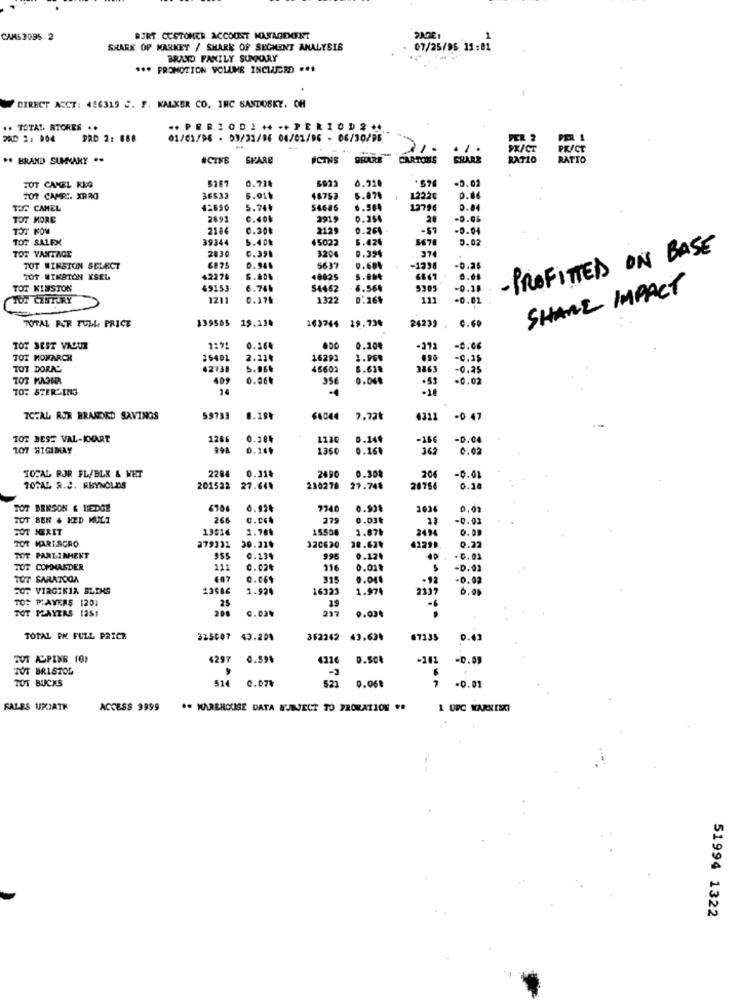
CAMS 3095 2
BJRT CUSTOMER ACCOUNT MANAGEMENT
SHARK OF MARKET / SHARK OF SEGMENT ANALYSIS
07/25/96 11:01
BRAND FAMILY SUNPOURY
*** PROMOTION VOLUME INCLUDED ...
DIRECT ACCT: 456319 C. F. WALKER CO. INC SANDUSKY. OH
.. TOTAL. STORES ..
.. PERIOD!++ ++PERIOD2++
PRD 1: 004
DAD 2: 888
01/01/96 - 03/31/96 04/01/96 - 06/30/96
PER 2
PER
-
PX/CT
PRICE
. BRAND SUMMARY ..
#CINE
SHARE
#CTNS
SHARE
CARTONS
SHARE
RATIO
RATIO
6.920
-0.02
JOT CAMEL REG
0.71₺
207 CAMERE. XPRO
36533
5.01k
48753
5.874
12220
0.86
TUS CAMEL
42690
5.74৳
54686
6.564
1379€
0.84
TOT MORE
2691
C.CON
2919
0.35
20
-0.05
TOT KOM
2186
0.30₺
212
0.264
-$1
-0.04
TOT SALRX
39344
5.40%
45022
6.424
5678
5.02
TOT VANTAGE
2830
0.351
0.394
374
- PROFITTED ON BASE
120€
TOT WINSTON SELECT
6875
D.94.
5637
0.684
-1234
-0.25
TOT WINSTON XSEL
42275
40825
0.08
TOT KINSTON
45153
6.74.
54462
6.56%
5305
-0.28
SHARE IMPACT
TOT CENTURY
1211
0.174
1322
121
-0.01
TOTAL PER FULL PRICE
139565
15.130
26239
169744
19.73%
0.60
TOT BEST VALUE
0.20
0.104
-0.06
TOT HOMARCH
35401
2.21₮
16293
1.90%
-0.25
TOT DORAC
42738
5.064
45602
6.61
3863
-0.25
409
0.06%
35€
0.048
.53
-0.02
TOT STERZING
14
-18
7C:AL AJH BRANORD SAVINGS
59733
0.29%
7.72₺
4311
-0 47
TOT BESS VAL-KORT
1286
0.30
1130
6.14
-D.04
TOT HIGIIMAY
0.16%
136€
0.16+
362
0.02
2284
0.318
206
TOTAL RJR FL/BLK & WET
2690
0.30%
-0.0
TOTAL A.J. REYNOLDS
201522
27.64%
230278
27.746
2875€
0.30
TOT BENSON & HEDGE
6704
0.924
7746
0.90
0,02
TOT BEN & HED MULT
266
275
0.03₺
-0.02
FOT MERET
13014
1.78₺
15508
1.87%
2494
0.09
279332
30.324
FOT HARISCRO
320630
38.671
41299
0.22
TOT PARLINHAENT
0.13%
995
0.12.
TOT
COMMANDER
111
0.024
216
0.01%
-0.02
TOT SARATOGA
0.069
315
0.04.
-92
-0.02
507 VIRGINIA BLIKS
13586
1.92%
16323
1.97
2337
6.00
TO: PLAYKAS 120)
25
TOT MAYERS 12SI
208
0.03%
217
0.00₺
TOTAL EN FULL PRICE
325007
43.20%
352242 43.63%
67335
0.43
20T ALPINE (0)
4297
0.59%
4116
D.SO
-141
-0.09
TOT BRISTOL
TOT BUCKS
514
0.07%
5.21
0.06%
-0.01
SALES UPCATH
ACCESS 9999
WAREHOUSE DATA SUBJECT TO PRORATION FO
1 UPC KARNIBOI
51994 1322